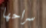
سراحها